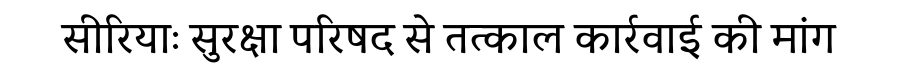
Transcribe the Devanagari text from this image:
सीरियाः सुरक्षा परिषद से तत्काल कार्रवाई की मांग